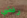
رفضي